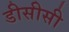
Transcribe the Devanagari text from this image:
डीसीसी